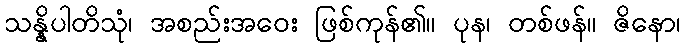
သန္နိပါတိသုံ၊ အစည်းအဝေး ဖြစ်ကုန်၏။ ပုန၊ တစ်ဖန်။ ဇိနော၊